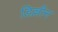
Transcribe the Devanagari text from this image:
डिल्लीन